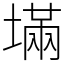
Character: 㙢